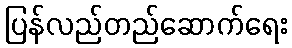
ပြန်လည်တည်ဆောက်ရေး